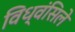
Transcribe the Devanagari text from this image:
विध्वंसिले